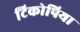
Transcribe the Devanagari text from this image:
टिकोपिया